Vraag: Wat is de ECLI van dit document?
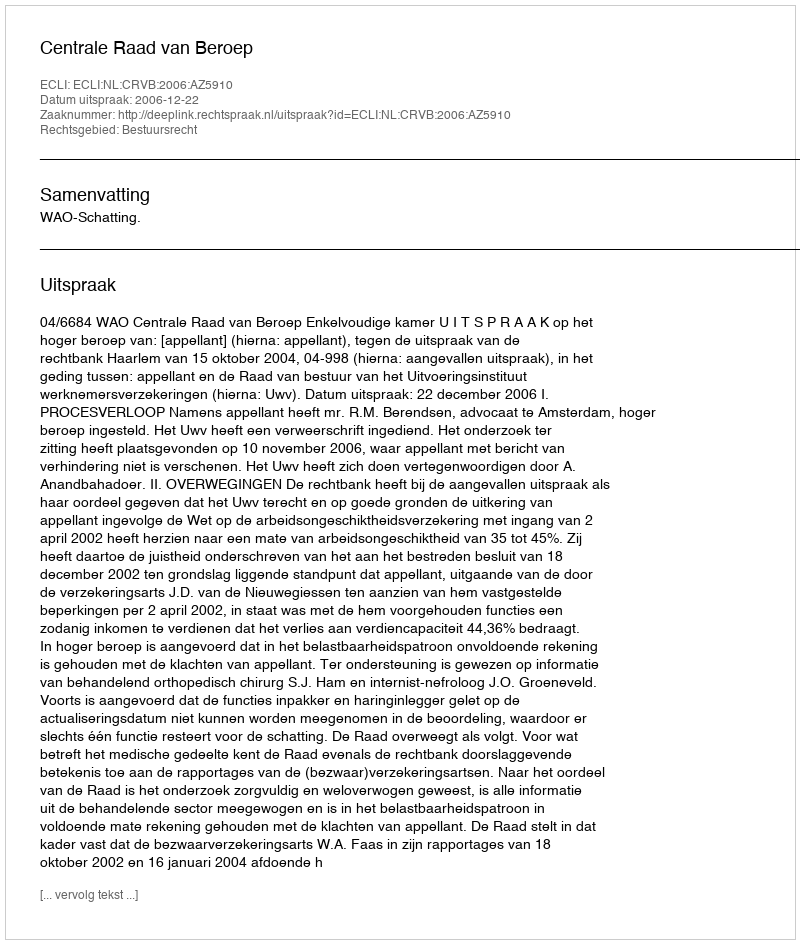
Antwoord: ECLI:NL:CRVB:2006:AZ5910